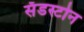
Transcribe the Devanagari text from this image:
सँडस्टोन